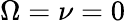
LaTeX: \Omega=\nu=0